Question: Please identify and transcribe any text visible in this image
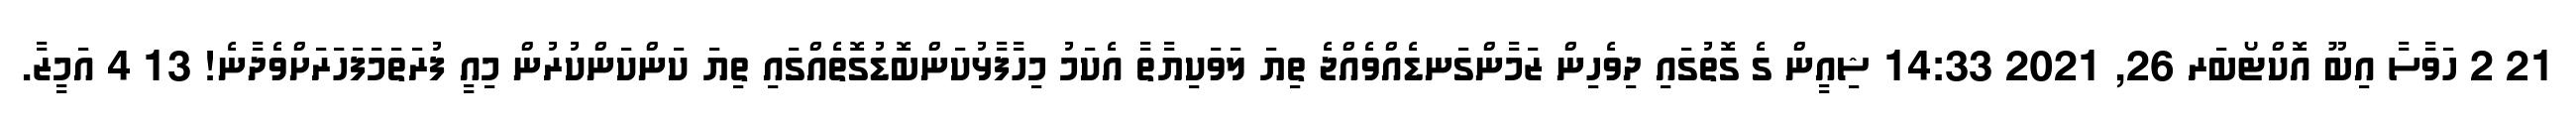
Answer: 21 2 ހަވާސާ އިބޫ އޮކްޓޯބަރ 26, 2021 14:33 ޝިއީން ގެ ގޮތުގައި ދިވެހިން ޒަމާންގަނޑެއްވެއްޖެ ތިޔަ ލަވަކިޔާތާ އެކަމު މިހާފާޅުކަންބޮޑުގޮތެއްގައި ތިޔަ ކަންކަންކުރުން މިއީ ފުރަތަމަފަހަރަށްވެދާނެ! 13 4 އަމީޒާ.